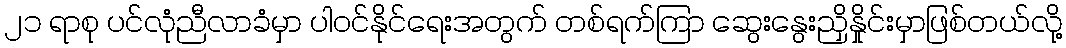
၂၁ ရာစု ပင်လုံညီလာခံမှာ ပါဝင်နိုင်ရေးအတွက် တစ်ရက်ကြာ ဆွေးနွေးညှိနှိုင်းမှာဖြစ်တယ်လို့